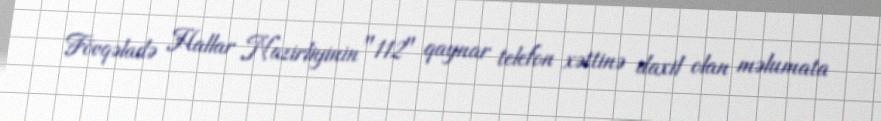
Fövqəladə Hallar Nazirliyinin "112" qaynar telefon xəttinə daxil olan məlumata